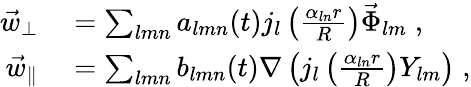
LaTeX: \begin{array}{rl}{\vec{w}_{\perp}}&{{}=\sum_{lmn}a_{lmn}(t)j_{l}\left(\frac{\alpha_{ln}r}{R}\right)\vec{\Phi}_{lm}\; ,}\\ {\vec{w}_{\parallel}}&{{}=\sum_{lmn}{b}_{lmn}(t)\nabla\left(j_{l}\left(\frac{\alpha_{ln}r}{R}\right)Y_{lm}\right)\; ,}\end{array}